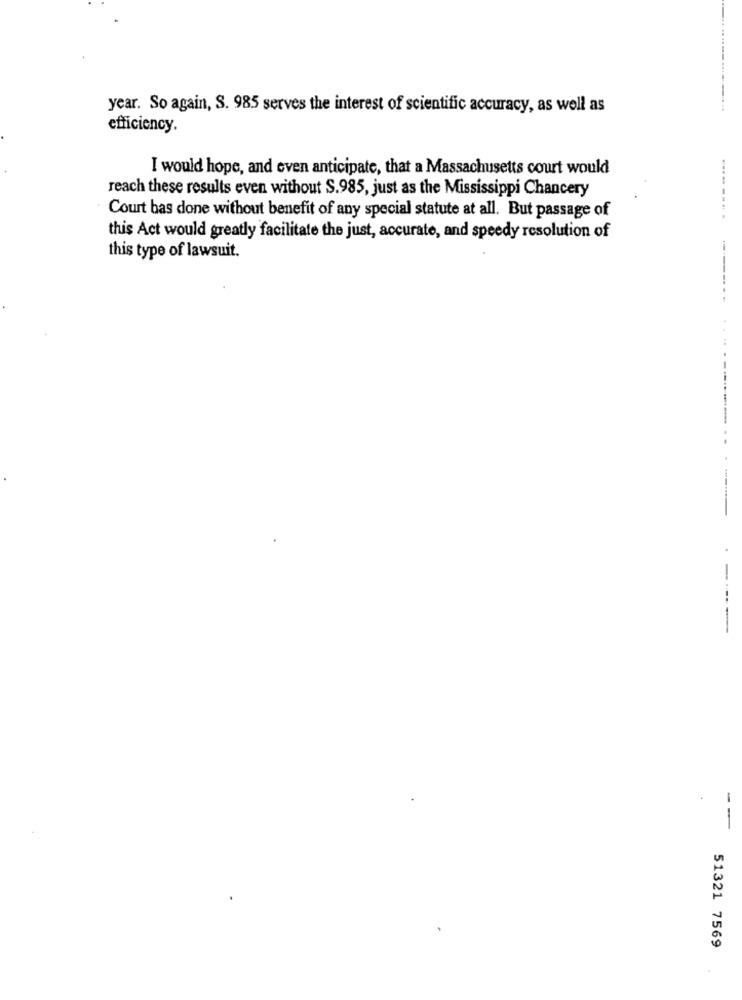
year. So again, S. 985 serves the interest of scientific accuracy, as well as
efficiency.
I would hope, and even anticipate, that a Massachusetts court would
reach these results even without S.985, just as the Mississippi Chancery
Court bas done without benefit of any special statute at all. But passage of
this Act would greatly facilitate the just, accurate, and speedy resolution of
this type of lawsuit.
-------- -
4 .
..
-.
--
51321 7569